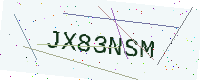
Text: JX83NSM